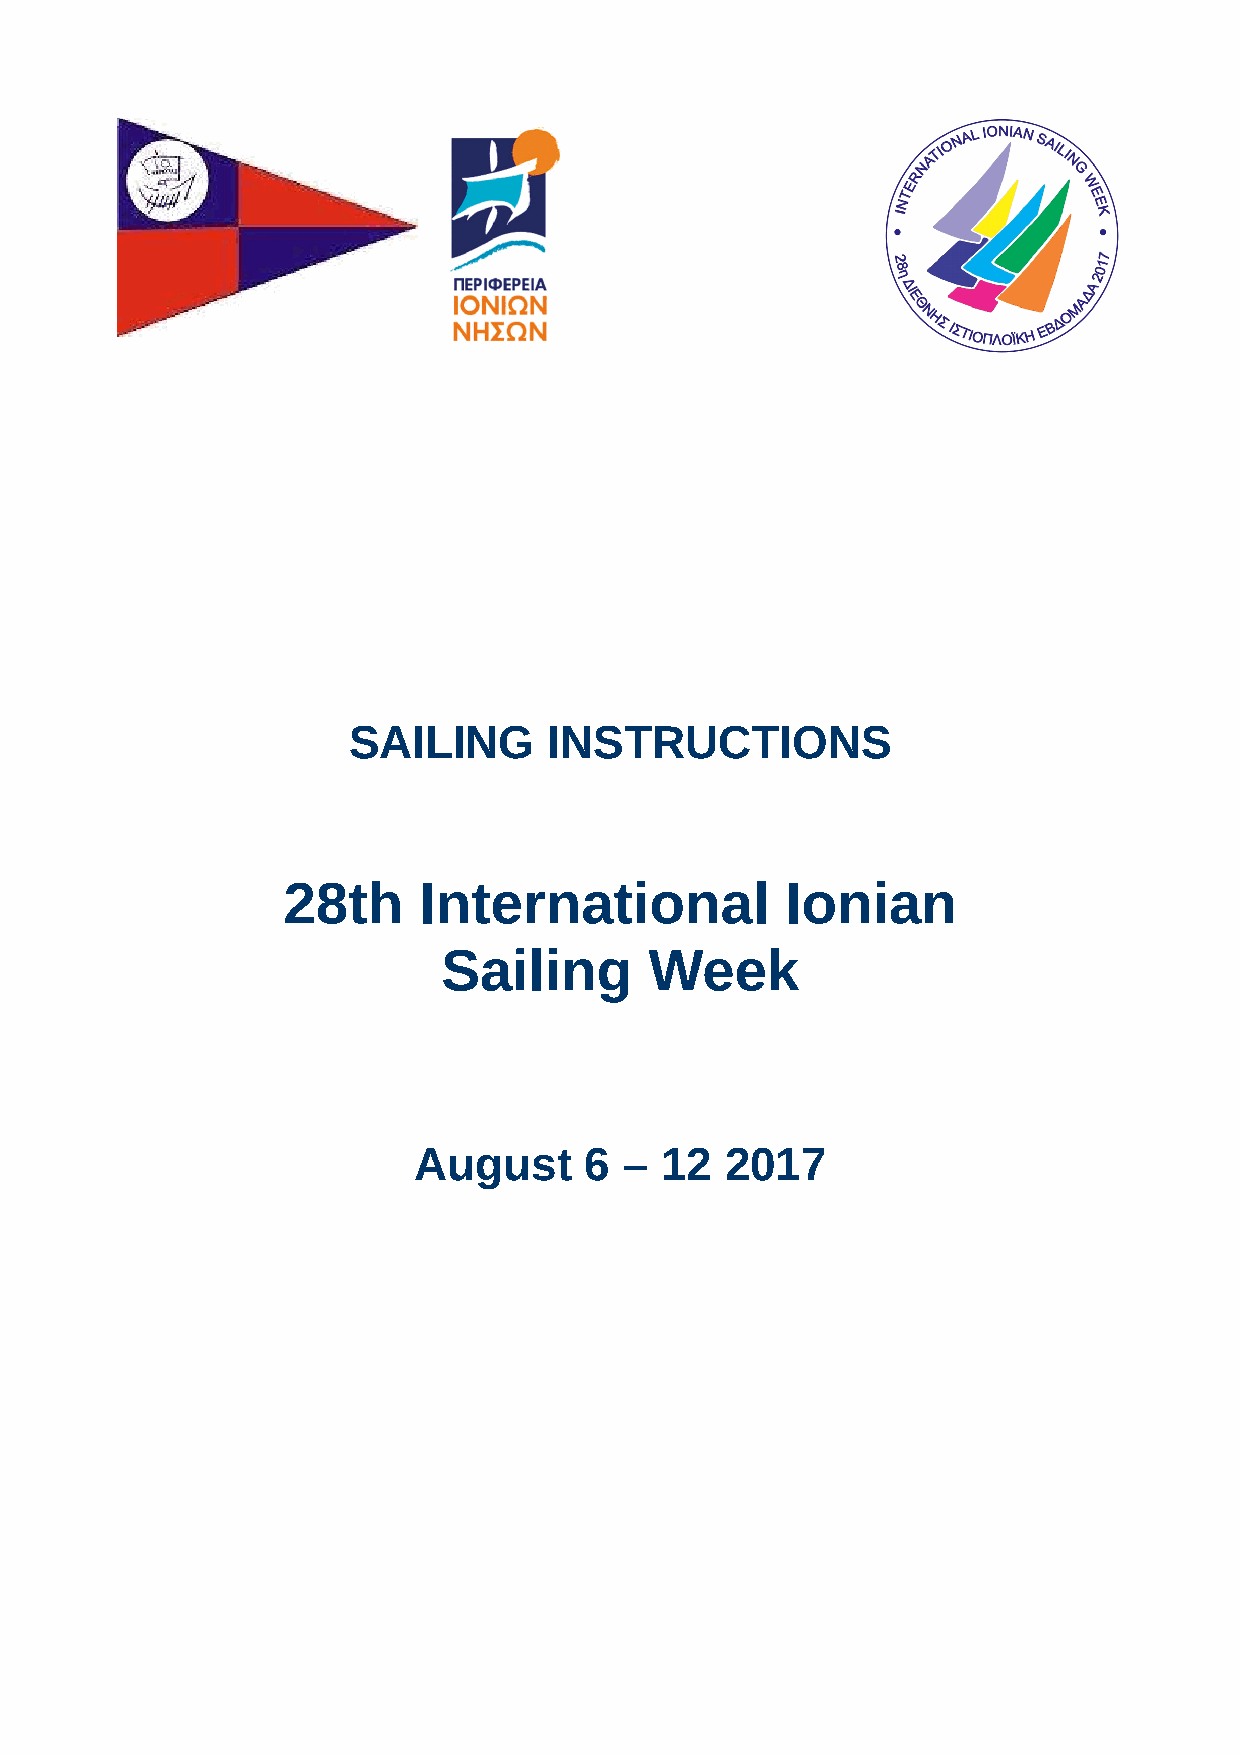
SAILING      INSTRUCTIONS
 28th     International           Ionian
 Sailing       Week
 August      6 –  12  2017